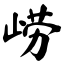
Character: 崂